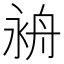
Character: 𦨤